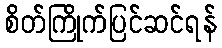
စိတ်ကြိုက်ပြင်ဆင်ရန်